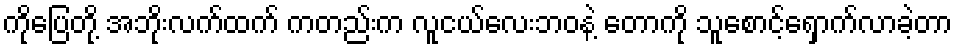
ကိုပြေတို့ အဘိုးလက်ထက် ကတည်းက လူငယ်လေးဘဝနဲ့ တောကို သူစောင့်ရှောက်လာခဲ့တာ